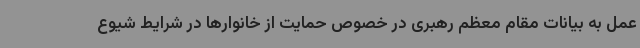
عمل به بیانات مقام معظم رهبری در خصوص حمایت از خانوارها در شرایط شیوع